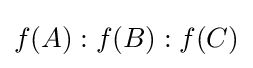
f(A):f(B):f(C)